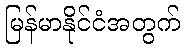
မြန်မာနိုင်ငံအတွက်